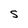
Character: S